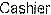
CASHIER